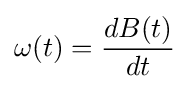
\omega (t)={\frac {dB(t)}{dt}}